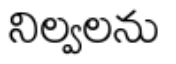
నిల్వలను